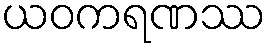
ယဝကရဏဿ